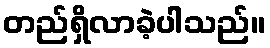
တည်ရှိလာခဲ့ပါသည်။